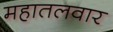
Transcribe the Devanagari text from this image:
महातलवार